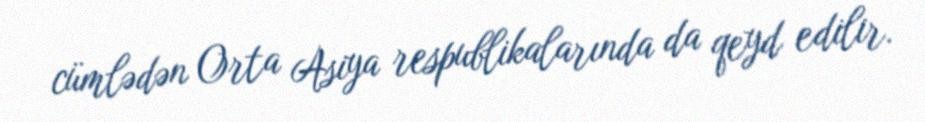
cümlədən Orta Asiya respublikalarında da qeyd edilir.